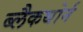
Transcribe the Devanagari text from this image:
ब्लैकथोर्न